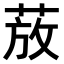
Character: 𫈚